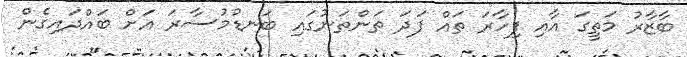
ބާޒާރު މަތީގަ އާއި ފިހާރަ ތައް ފަދަ ތަންތަނުގައި ބަނޑުމުސާރަ އަށް ބައްދައިގެން